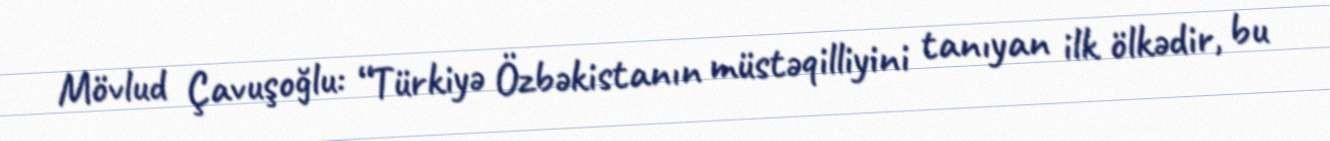
Mövlud Çavuşoğlu: “Türkiyə Özbəkistanın müstəqilliyini tanıyan ilk ölkədir, bu